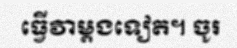
ធ្វើវាម្តងទៀត។ ចូរ